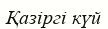
Қазіргі күй